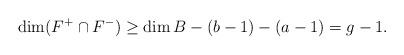
LaTeX: \begin{align*}\dim (F^+ \cap F^-) \ge \dim B-(b-1)-(a-1)=g-1. \end{align*}